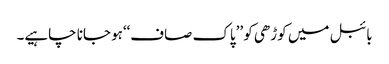
بائبل میں کوڑھی کو ’’پاک صاف‘‘ہو جانا چاہیے۔